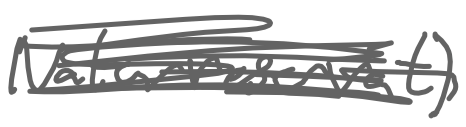
Text: naturreservat)
Cross-out: scratch
Writing tool: digital_gray